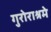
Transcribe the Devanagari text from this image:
गुरोराश्रमे